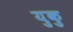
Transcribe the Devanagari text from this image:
युकु